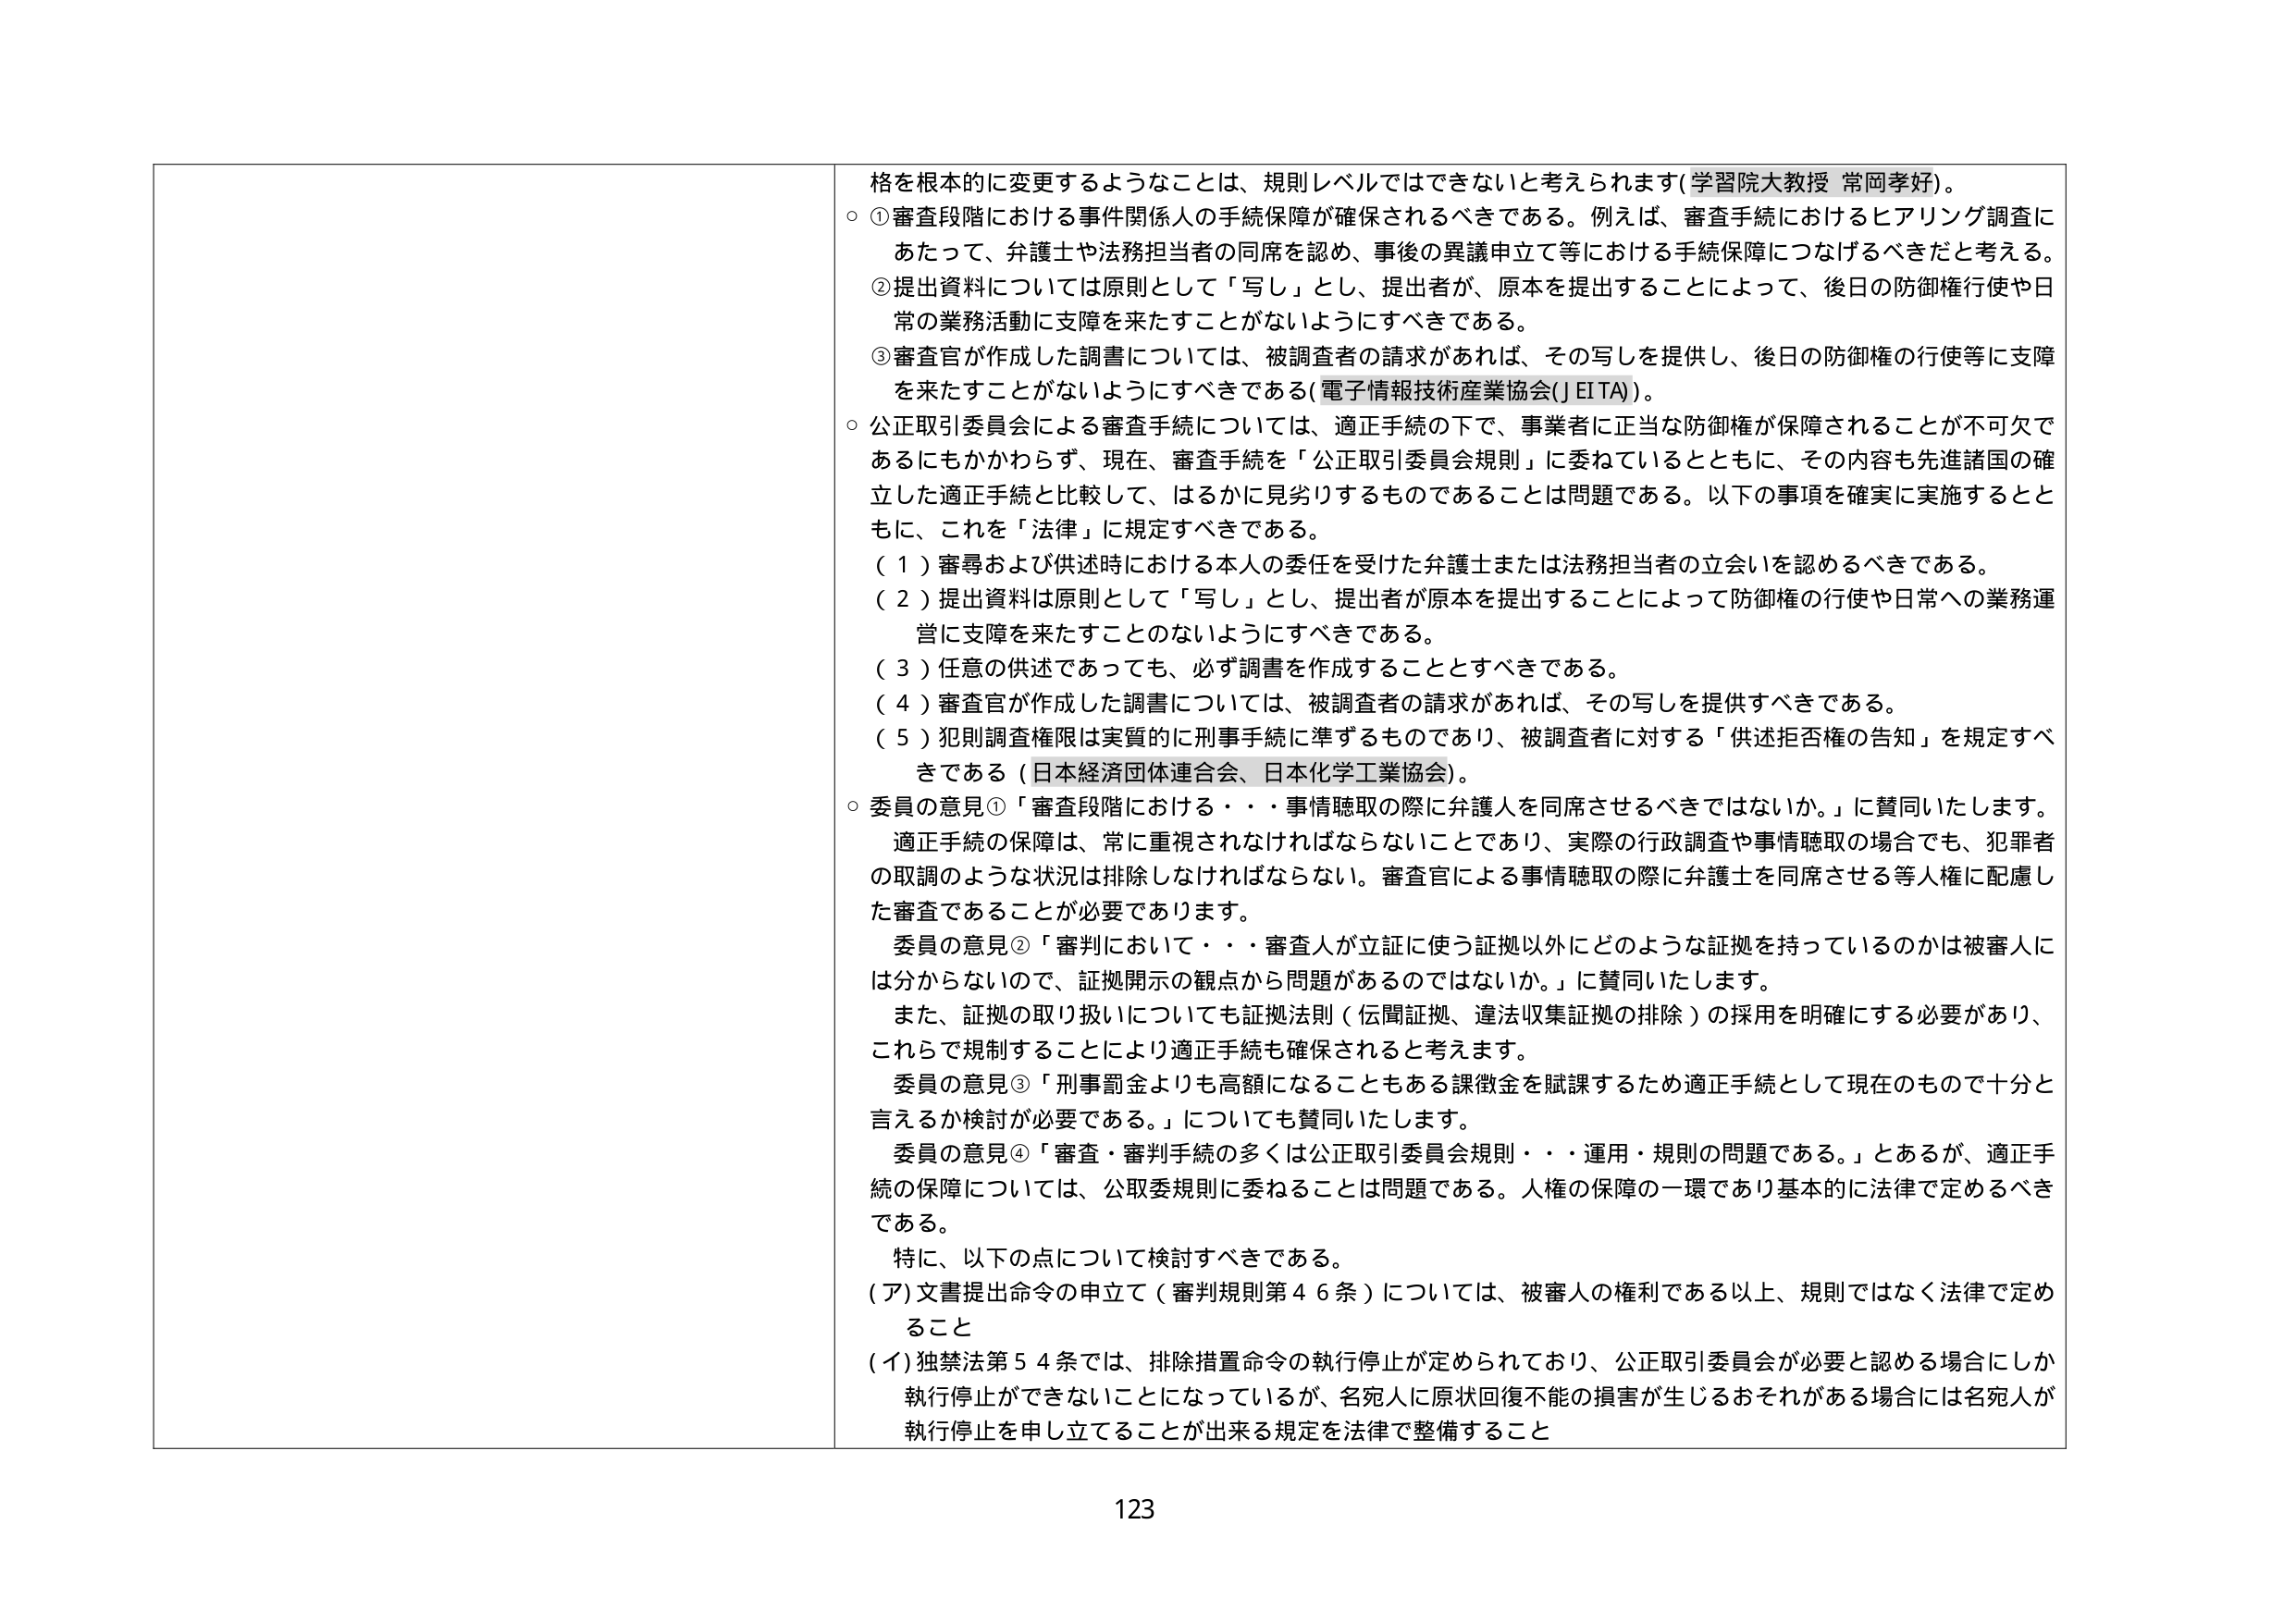
格を根本的に変更するようなことは、規則レベルではできないと考えられます（学習院大教授 常岡孝好）。

○ ①審査段階における事件関係人の手続保障が確保されるべきである。例えば、審査手続におけるヒアリング調査にあたって、弁護士や法務担当者の同席を認め、事後の異議申立て等における手続保障につなげるべきだと考える。

②提出資料については原則として「写し」とし、提出者が、原本を提出することによって、後日の防御権行使や日常の業務活動に支障を来たすことがないようにすべきである。

③審査官が作成した調書については、被調査者の請求があれば、その写しを提供し、後日の防御権の行使等に支障を来たすことがないようにすべきである（電子情報技術産業協会（JEITA））。

○ 公正取引委員会による審査手続については、適正手続の下で、事業者に正当な防御権が保障されることが不可欠であるにもかかわらず、現在、審査手続を「公正取引委員会規則」に委ねているとともに、その内容も先進諸国の確立した適正手続と比較して、はるかに見劣りするものであることは問題である。以下の事項を確実に実施するとともに、これを「法律」に規定すべきである。

（１）審尋および供述時における本人の委任を受けた弁護士または法務担当者の立会いを認めるべきである。

（２）提出資料は原則として「写し」とし、提出者が原本を提出することによって防御権の行使や日常への業務運営に支障を来たすことのないようにすべきである。

（３）任意の供述であっても、必ず調書を作成することとすべきである。

（４）審査官が作成した調書については、被調査者の請求があれば、その写しを提供すべきである。

（５）犯則調査権限は実質的に刑事手続に準ずるものであり、被調査者に対する「供述拒否権の告知」を規定すべきである（日本経済団体連合会、日本化学工業協会）。

○ 委員の意見①「審査段階における・・・事情聴取の際に弁護人を同席させるべきではないか。」に賛同いたします。適正手続の保障は、常に重視されなければならないことであり、実際の行政調査や事情聴取の場合でも、犯罪者の取調のような状況は排除しなければならない。審査官による事情聴取の際に弁護士を同席させる等人権に配慮した審査であることが必要であります。

委員の意見②「審判において・・・審査人が立証に使う証拠以外にどのような証拠を持っているのかは被審人には分からないので、証拠開示の観点から問題があるのではないか。」に賛同いたします。

また、証拠の取り扱いについても証拠法則（伝聞証拠、違法収集証拠の排除）の採用を明確にする必要があり、これらで規制することにより適正手続も確保されると考えます。

委員の意見③「刑事罰金よりも高額になることもある課徴金を賦課するため適正手続として現在のもので十分と言えるか検討が必要である。」についても賛同いたします。

委員の意見④「審査・審判手続の多くは公正取引委員会規則・・・運用・規則の問題である。」とあるが、適正手続の保障については、公取委規則に委ねることは問題である。人権の保障の一環であり基本的に法律で定めるべきである。

特に、以下の点について検討すべきである。

（ア）文書提出命令の申立て（審判規則第46条）については、被審人の権利である以上、規則ではなく法律で定めること

（イ）独禁法第54条では、排除措置命令の執行停止が定められており、公正取引委員会が必要と認める場合にしか執行停止ができないことになっているが、名宛人に原状回復不能の損害が生じるおそれがある場合には名宛人が執行停止を申し立てることが出来る規定を法律で整備すること

123